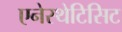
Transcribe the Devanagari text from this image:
एनेस्थेटिसिट